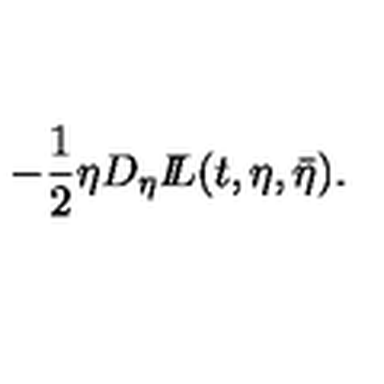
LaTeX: - \frac { 1 } { 2 } \eta D _ { \eta } { I \! \! L } ( t , \eta , \bar { \eta } ) .